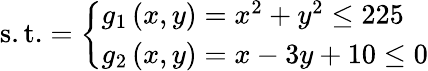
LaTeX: {\mathrm{s.t.}}={\left\{ \begin{array}{ll}{g_{1}\left(x,y\right)=x^{2}+y^{2}\leq 225}\\ {g_{2}\left(x,y\right)=x-3y+10\leq 0}\end{array}\right.}